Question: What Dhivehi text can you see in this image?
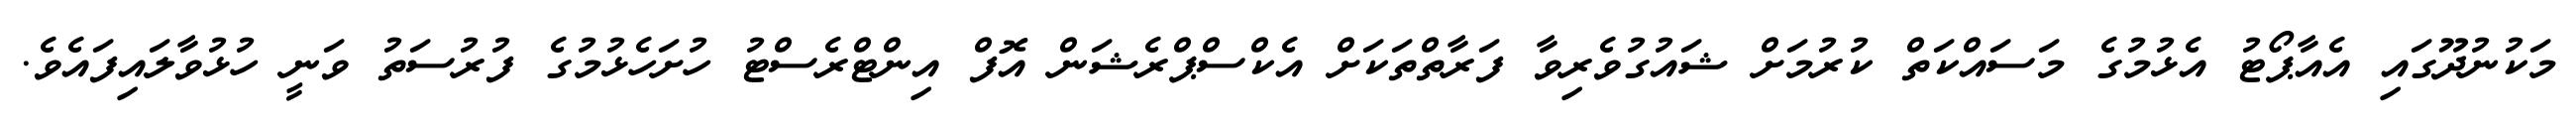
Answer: މަކުނުދޫގައި އެއާޕޯޓު އެޅުމުގެ މަސައްކަތް ކުރުމަށް ޝައުގުވެރިވާ ފަރާތްތަކަށް އެކްސްޕްރެޝަން އޮފް އިންޓްރެސްޓު ހުށަހެޅުމުގެ ފުރުސަތު ވަނީ ހުޅުވާލައިފައެވެ.